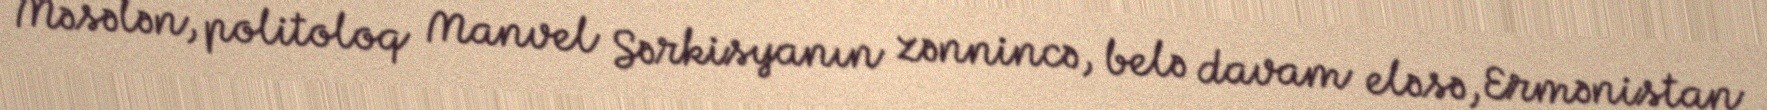
Məsələn, politoloq Manvel Sərkisyanın zənnincə, belə davam eləsə, Ermənistan